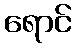
ရောင်